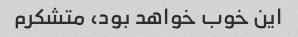
این خوب خواهد بود، متشکرم